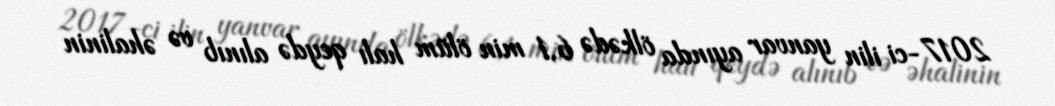
2017-ci ilin yanvar ayında ölkədə 6,1 min ölüm halı qeydə alınıb və əhalinin